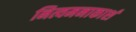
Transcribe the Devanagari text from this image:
नित्यमनाकाशं